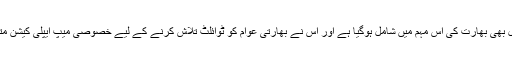
دو روز قبل ہی گوگل بھی بھارت کی اس مہم میں شامل ہوگیا ہے اور اس نے بھارتی عوام کو ٹوائلٹ تلاش کرنے کے لیے خصوصی میپ ایپلی کیشن متعارف کروا دی ہے۔